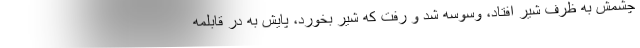
چشمش به ظرف شیر افتاد، وسوسه شد و رفت که شیر بخورد، پایش به در قابلمه